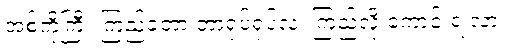
အစ်ကိုကြီး ကြည့်ခဲ့တာ ဘာရုပ်ရုပ်လဲ၊ ကြည့်လို့ ကောင်းရဲ့လား။